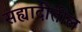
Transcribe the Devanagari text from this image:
सह्यादीतील